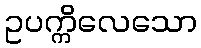
ဥပက္ကိလေသော